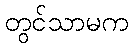
တွင်သာမက